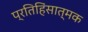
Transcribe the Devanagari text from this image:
प्रतिहिंसात्मक